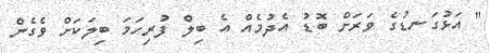
" އަޅުގަނޑުގެ ވަރަށް ބޮޑު އެދުމެއް އެ ބިލް ފުރިހަމަ ބިލަކަށް ވެގެން